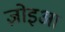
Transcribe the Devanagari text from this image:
ज़ोइआ